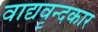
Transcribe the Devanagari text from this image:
वाद्यवृन्दकार